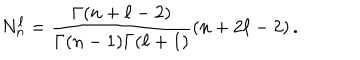
N _ { n } ^ { \ell } = \frac { \Gamma ( n + \ell - 2 ) } { \Gamma ( n - 1 ) \Gamma ( \ell + 1 ) } ( n + 2 \ell - 2 ) \, .